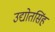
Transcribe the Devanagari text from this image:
उद्योतसिंह